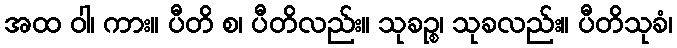
အထ ဝါ၊ ကား။ ပီတိ စ၊ ပီတိလည်း။ သုခဉ္စ၊ သုခလည်း။ ပီတိသုခံ၊